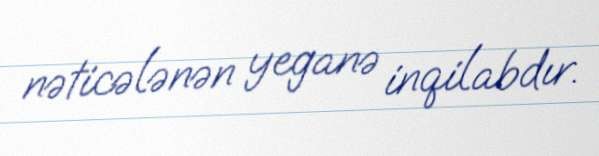
nəticələnən yeganə inqilabdır.